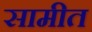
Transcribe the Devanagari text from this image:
सामीत